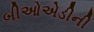
બીઓએડીની